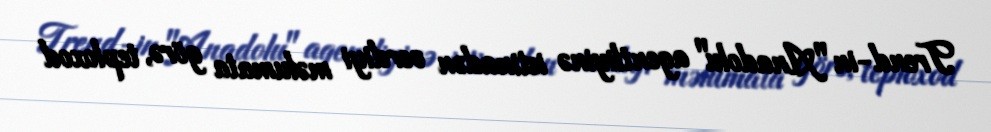
Trend-in "Anadolu" agentliyinə istinadən verdiyi məlumata görə, teploxod